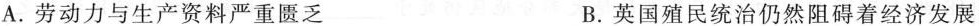
A.劳动力与生产资料严重匮乏 B.英国殖民统治仍然阻碍着经济发展